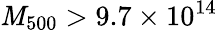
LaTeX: \mathit{M}_{500}>9.7\times10^{14}